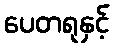
ပေတရုနှင့်